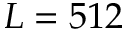
L = 5 1 2